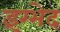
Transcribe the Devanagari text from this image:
इंग्भेद